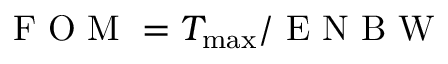
\mathrm { ~ F ~ O ~ M ~ } = T _ { \mathrm { m a x } } / \mathrm { ~ E ~ N ~ B ~ W ~ }